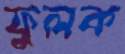
ফুলক